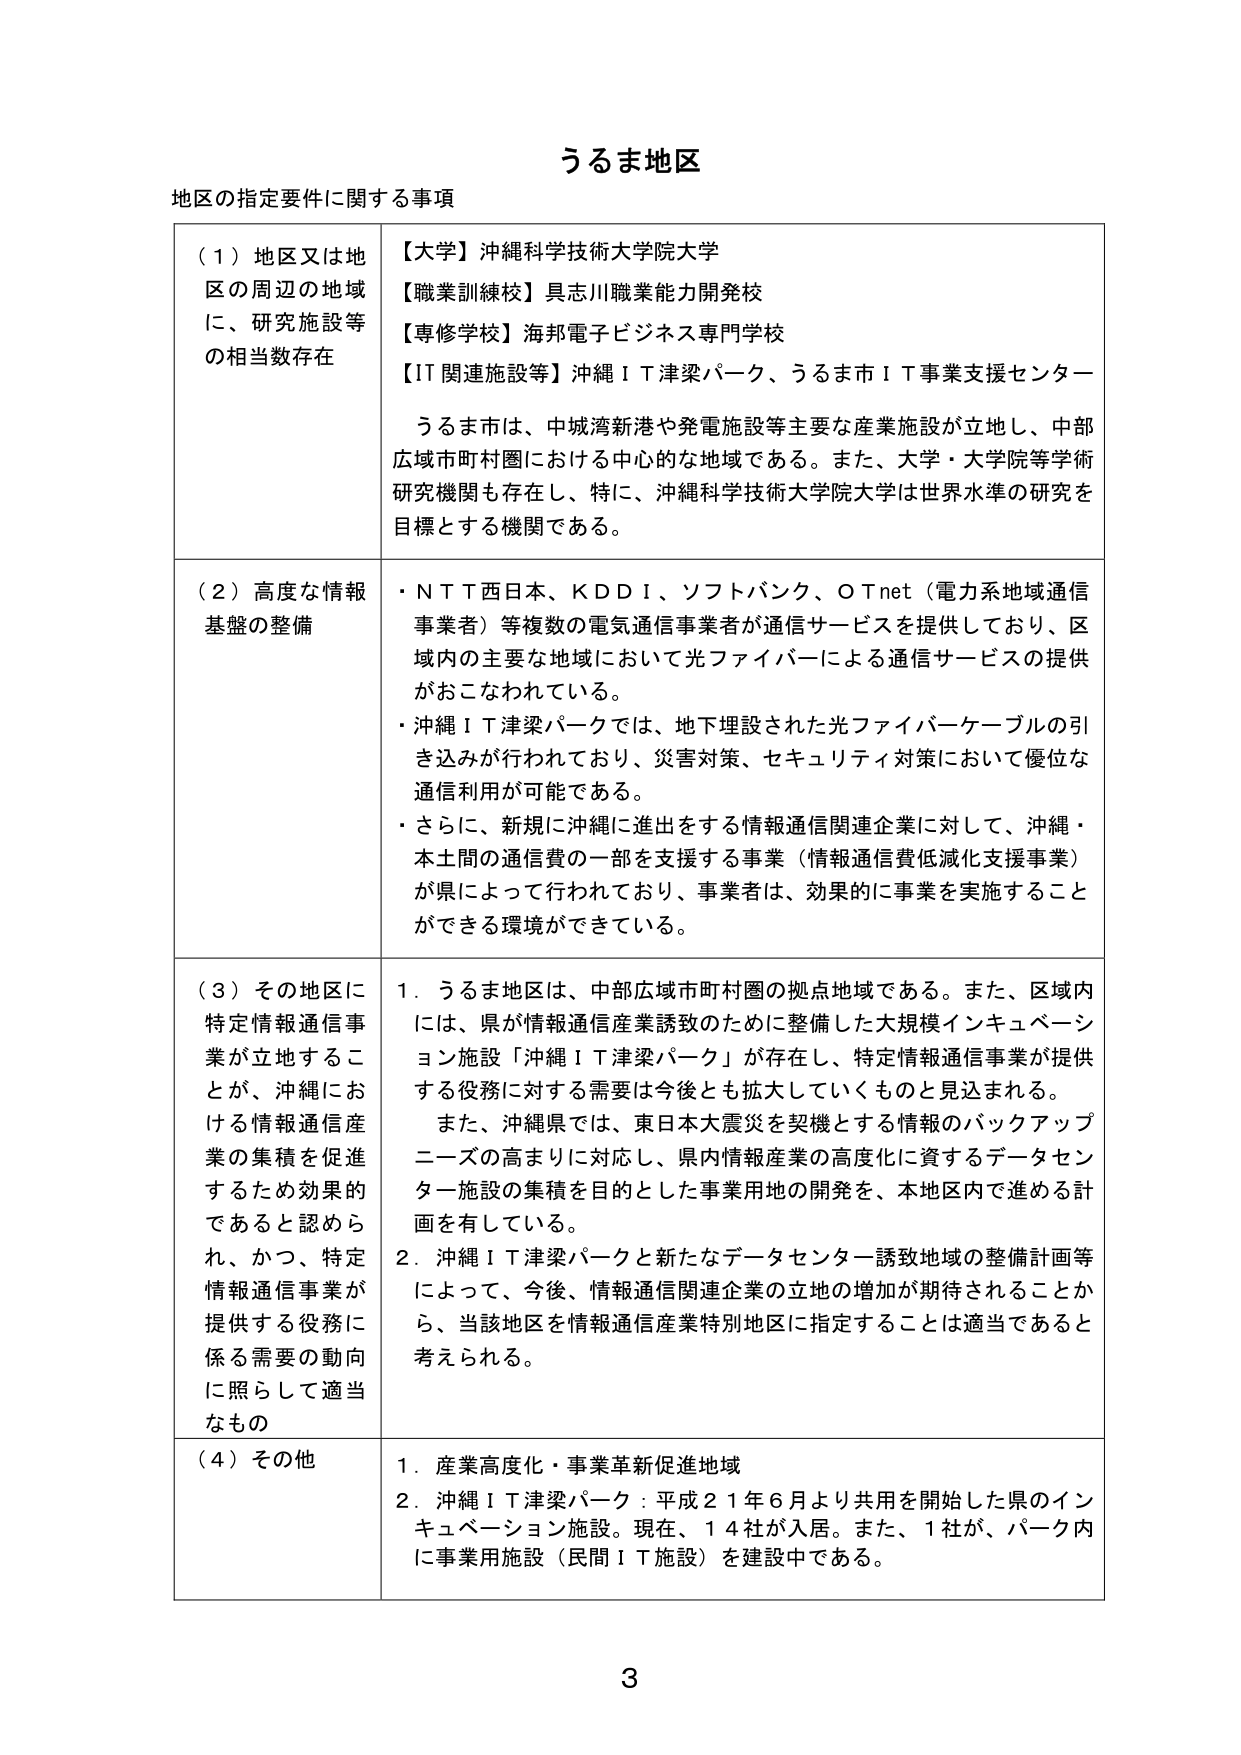
うるま地区
地区の指定要件に関する事項

（１）地区又は地区の周辺の地域に、研究施設等の相当数存在
【大学】沖縄科学技術大学院大学
【職業訓練校】具志川職業能力開発校
【専修学校】海邦電子ビジネス専門学校
【IT関連施設等】沖縄ＩＴ津梁パーク、うるま市ＩＴ事業支援センター
うるま市は、中城湾新港や発電施設等主要な産業施設が立地し、中部広域市町村圏における中心的な地域である。また、大学・大学院等学術研究機関も存在し、特に、沖縄科学技術大学院大学は世界水準の研究を目標とする機関である。

（２）高度な情報基盤の整備
・ＮＴＴ西日本、ＫＤＤＩ、ソフトバンク、ＯＴｎｅｔ（電力系地域通信事業者）等複数の電気通信事業者が通信サービスを提供しており、区域内の主要な地域において光ファイバーによる通信サービスの提供がおこなわれている。
・沖縄ＩＴ津梁パークでは、地下埋設された光ファイバーケーブルの引き込みが行われており、災害対策、セキュリティ対策において優位な通信利用が可能である。
・さらに、新規に沖縄に進出をする情報通信関連企業に対して、沖縄・本土間の通信費の一部を支援する事業（情報通信費低減化支援事業）が県によって行われており、事業者は、効果的に事業を実施することができる環境ができている。

（３）その地区に特定情報通信事業が立地することが、沖縄における情報通信産業の集積を促進するため効果的であると認められ、かつ、特定情報通信事業が提供する役務に係る需要の動向に照らして適当なもの
１．うるま地区は、中部広域市町村圏の拠点地域である。また、区域内には、県が情報通信産業誘致のために整備した大規模インキュベーション施設「沖縄ＩＴ津梁パーク」が存在し、特定情報通信事業が提供する役務に対する需要は今後とも拡大していくものと見込まれる。
また、沖縄県では、東日本大震災を契機とする情報のバックアップニーズの高まりに対応し、県内情報産業の高度化に資するデータセンター施設の集積を目的とした事業用地の開発を、本地区内で進める計画を有している。
２．沖縄ＩＴ津梁パークと新たなデータセンター誘致地域の整備計画等によって、今後、情報通信関連企業の立地の増加が期待されることから、当該地区を情報通信産業特別地区に指定することは適当であると考えられる。

（４）その他
１．産業高度化・事業革新促進地域
２．沖縄ＩＴ津梁パーク：平成２１年６月より共用を開始した県のインキュベーション施設。現在、１４社が入居。また、１社が、パーク内に事業用施設（民間ＩＴ施設）を建設中である。

3